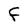
Character: F